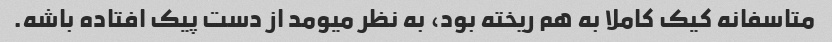
متاسفانه کیک کاملا به هم ریخته بود، به نظر میومد از دست پیک افتاده باشه.